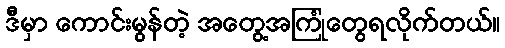
ဒီမှာ ကောင်းမွန်တဲ့ အတွေ့အကြုံတွေရလိုက်တယ်။